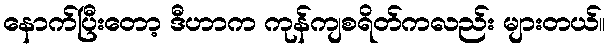
နောက်ပြီးတော့ ဒီဟာက ကုန်ကျစရိတ်ကလည်း များတယ်။